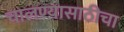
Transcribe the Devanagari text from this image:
चालण्यासाठीचा